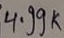
Text: 4.99K